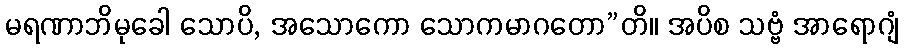
မရဏာဘိမုခေါ သောပိ, အသောကော သောကမာဂတော”တိ။ အပိစ သဗ္ဗံ အာရောဂျံ